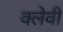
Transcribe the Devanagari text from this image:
क्लेवी